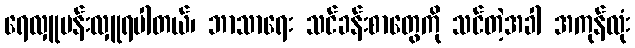
ရေလှူပန်းလှူရပါတယ်၊ ဘာသာရေး သင်ခန်းစာတွေကို သင်တဲ့အခါ အကုန်လုံး